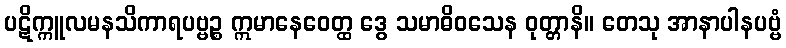
ပဋိက္ကူလမနသိကာရပဗ္ဗဉ္စ ဣမာနေဝေတ္ထ ဒွေ သမာဓိဝသေန ဝုတ္တာနိ။ တေသု အာနာပါနပဗ္ဗံ